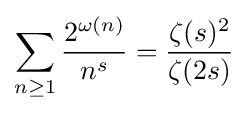
\sum _{n\geq 1}{\frac {2^{\omega (n)}}{n^{s}}}={\frac {\zeta (s)^{2}}{\zeta (2s)}}